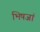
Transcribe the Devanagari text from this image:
भिषजां